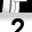
Digit: 2